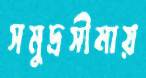
সমুদ্রসীমায়